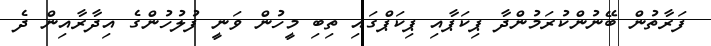
ފަރާތުން ބޭނުންކުރަމުންދާ ޕިކަޕާއި ޕިކަޕްގައި ތިބި މީހުން ވަނީ ފުލުހުންގެ އިދާރާއިން ދެ